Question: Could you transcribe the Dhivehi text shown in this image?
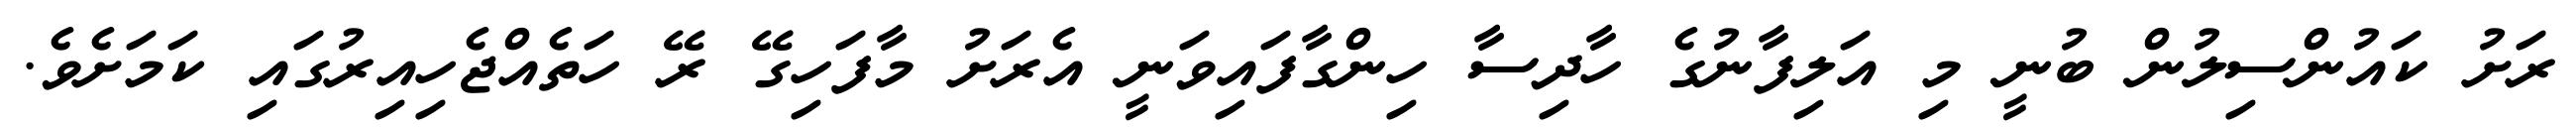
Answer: ރަށު ކައުންސިލުން ބުނީ މި އަލިފާނުގެ ހާދިސާ ހިންގާފައިވަނީ އެރަށު މާފަހިގޭ ރޭ ހަތެއްޖެހިއިރުގައި ކަމަށެވެ.